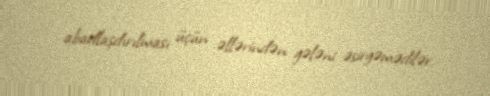
abadlaşdırılması üçün əllərindən gələni əsirgəmədilər.